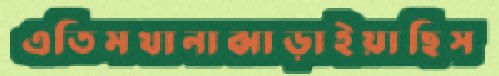
এতিমখানাঝাড়াইয়াছিস